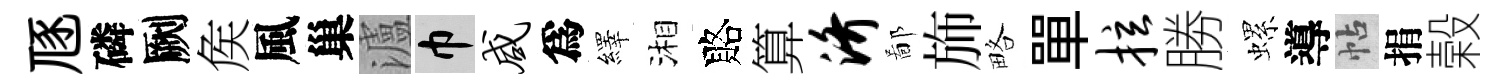
豗磷劂矦風巢瀘巾咸爲繹湘賂算济鄙斾略單拉勝螺導帖捐榖